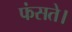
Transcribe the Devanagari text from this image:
फंसते।